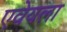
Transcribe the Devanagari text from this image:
एवेयला